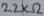
Text: 22KΩ